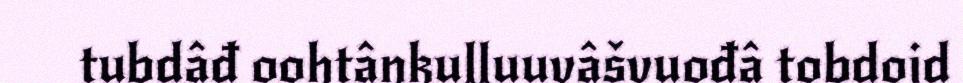
tubdâđ oohtânkulluuvâšvuođâ tobdoid